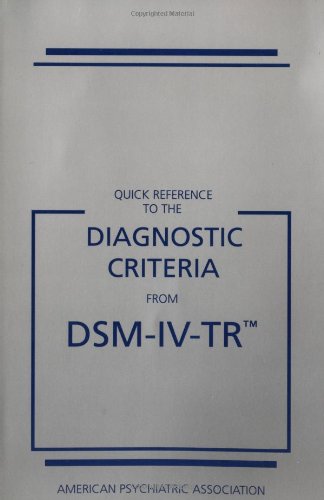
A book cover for Quick Reference to the Diagnostic Criteria from DSM-IV-TR; American Psychiatric Association; Medical Books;